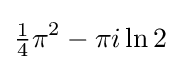
{\tfrac {1}{4}}\pi ^{2}-\pi i\ln 2